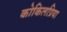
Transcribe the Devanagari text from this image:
कोकिलप्रिया